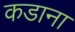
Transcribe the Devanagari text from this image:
कडाना